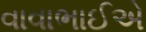
વાવાભાઈએ